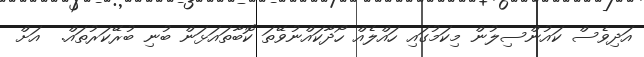
އަދިވެސް ކައުންސިލުން މިކަމުގައި ހައްލެއް ހޯދާކައްނުވޭތަ ކޮބާތައަޅަން ބުނި ބުރޭކަރުތައް.  އަށް